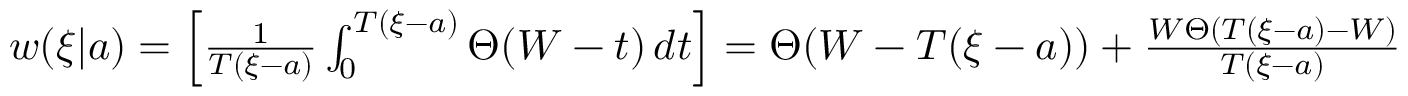
\begin{array} { r } { w ( \xi | { a } ) = \left[ \frac { 1 } { T ( \xi - a ) } \int _ { 0 } ^ { T ( \xi - a ) } \Theta ( W - t ) \, d t \right] = \Theta ( W - T ( \xi - a ) ) + \frac { W \Theta ( T ( \xi - a ) - W ) } { T ( \xi - a ) } \; } \end{array}